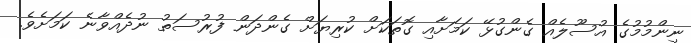
ނިންމުމުގެ އުސޫލެއް ގެންގުޅޭ ކަމަށާއި ގޮތަކަށް ކުރިޔަށް ގެންދަން ފުރުސަތު ނުދެއްވާނެ ކަމަށެވެ.